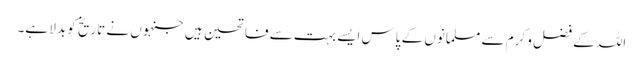
اللہ کے فضل و کرم سے مسلمانوں کے پاس ایسے بہت سے فاتحین ہیں جنہوں نے تاریخ کو بدلا ہے۔